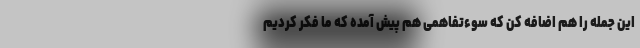
این جمله را هم اضافه کن که سوء‌تفاهمی هم پیش آمده که ما فکر کردیم